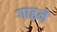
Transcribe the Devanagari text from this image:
गाढ़ने